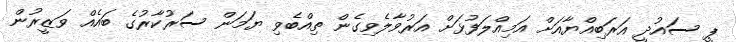
ޕީ ސައުދީ އަރަބިއްޔާއަށް އަމިއްލަފުޅަށް އަރުވާލެވިގެން ތިއްބެވި ޔަމަން ސަރުކާރުގެ ބައެއް ވަޒީރުން